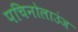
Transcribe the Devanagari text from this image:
पचिनोलाउंज